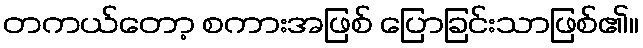
တကယ်တော့ စကားအဖြစ် ပြောခြင်းသာဖြစ်၏။